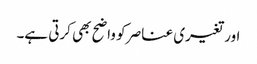
اور تغیری عناصر کو واضح بھی کرتی ہے۔